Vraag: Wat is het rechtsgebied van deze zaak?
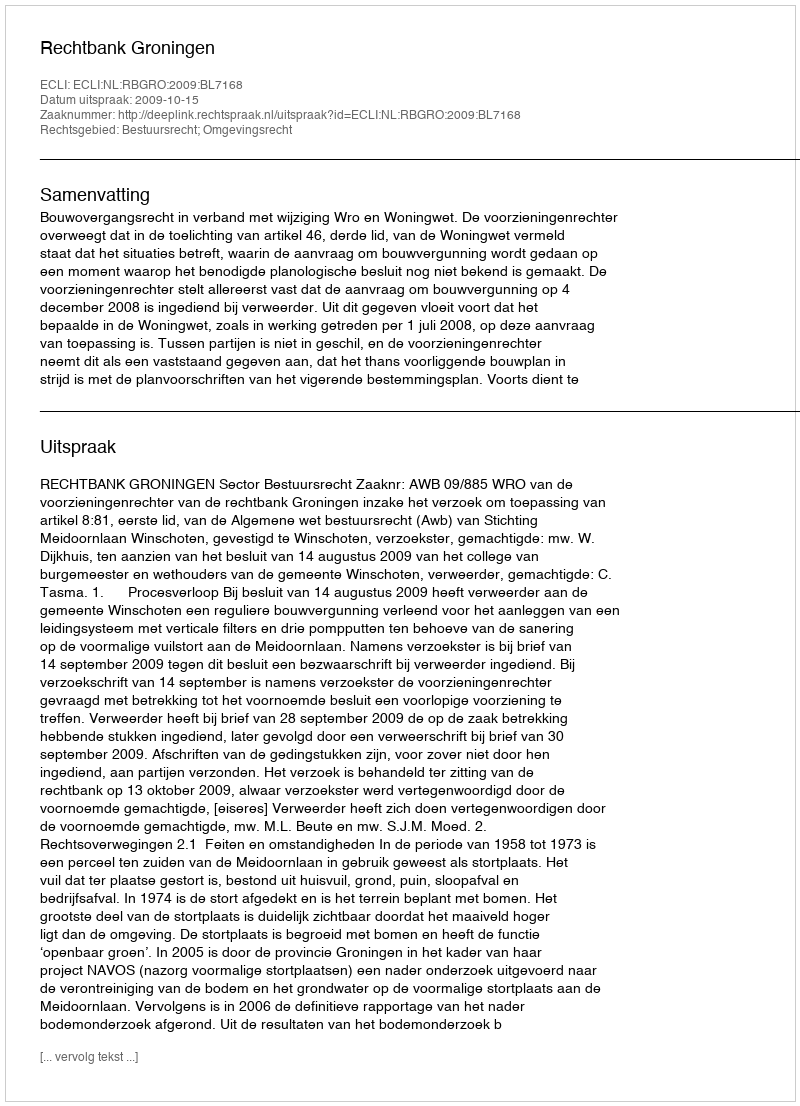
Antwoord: Bestuursrecht; Omgevingsrecht